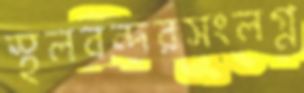
স্থলবন্দরসংলগ্ন